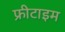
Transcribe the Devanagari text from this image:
फ्रीटाइम